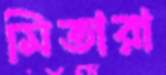
মিতারা